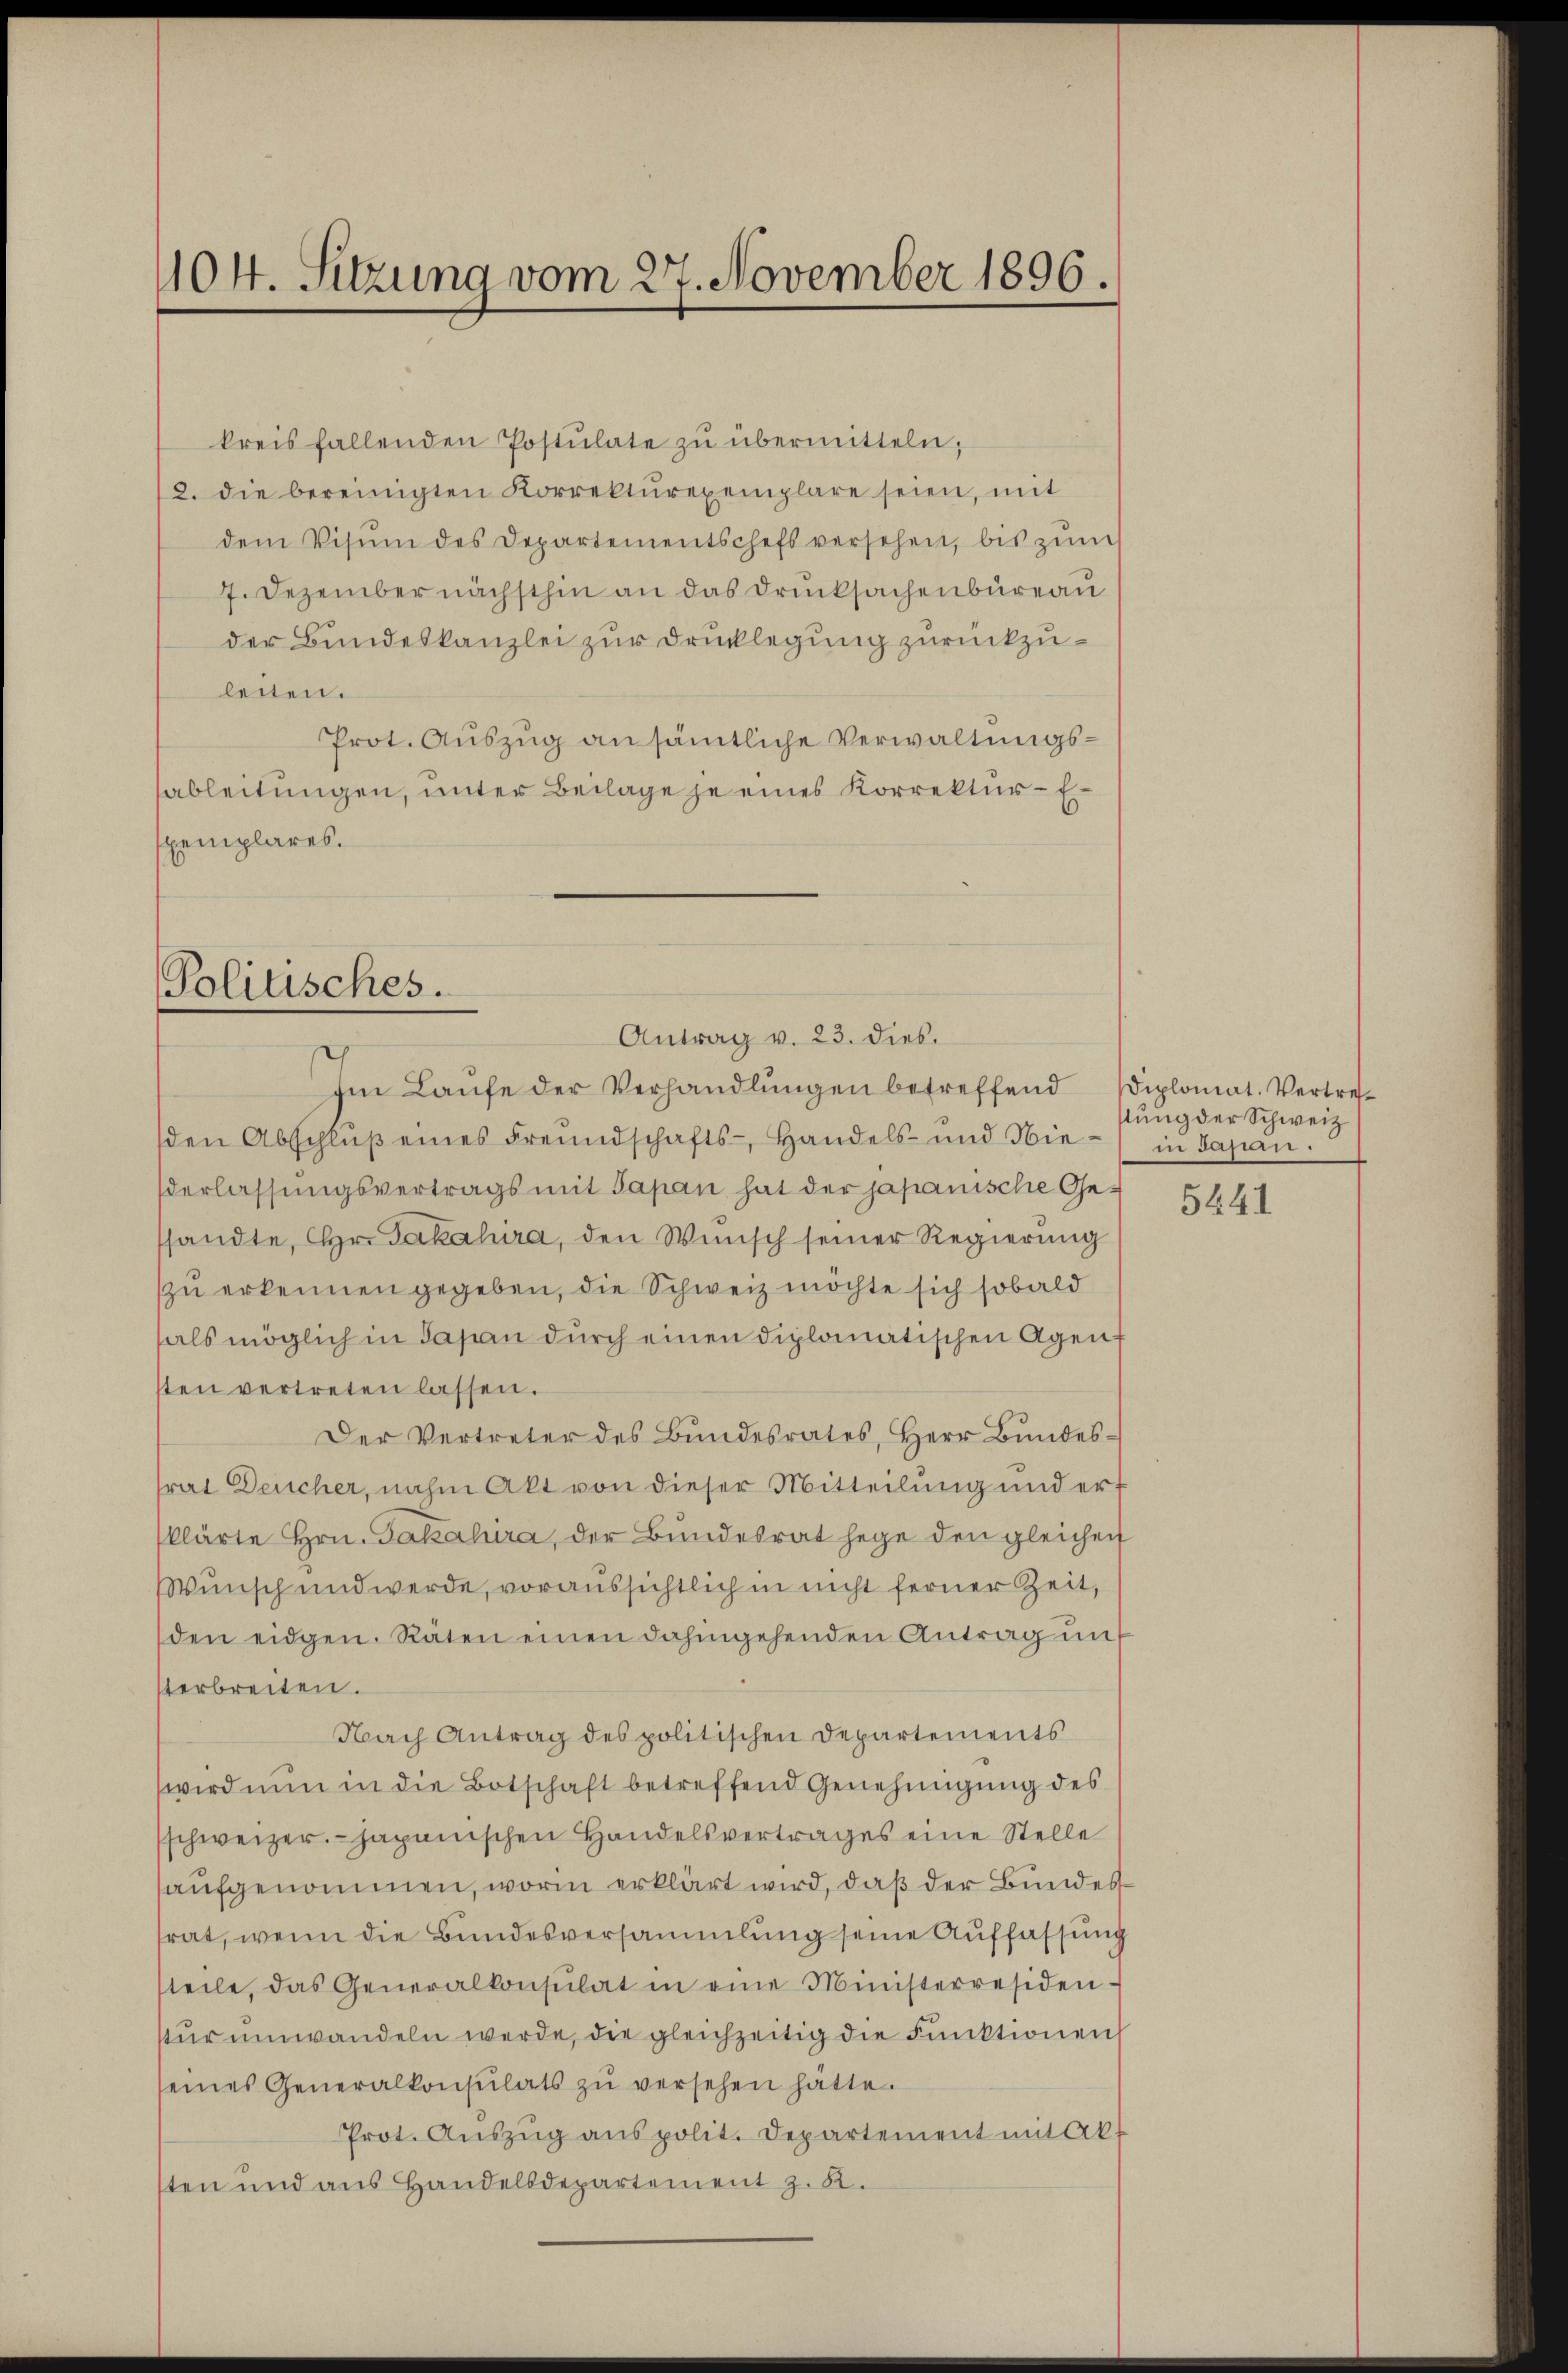
404. Sitzung vom 27. November 1896.

kreis fallenden Postulate zŭ übermitteln;
2. die bereinigten Korrektŭrexemplare seien, mit
dem Visum des Departementschefs versehen, bis zŭm
7. Dezember nächsthin an das Drucksachenbüreau
der Bundeskanzlei zur Drucklegung zurückzuleiten.
Prot. Auszug ansämtliche Verwaltungssableitungen, unter Beilage je eines Korrektur - E¬
Exemplares.

Politisches.
Antrag v. 23. dies.

Im Laufe der Verhandlungen betreffend
den Abschlŭβ eines Freundschafts- Handels- und Nie
derlassungsvertrags mit Papan hat der japanische Gessandte, Hr. Pakalira, den Wünsch seiner Regierung
zu erkennen gegeben, die Schweiz möchte sich sobald
als möglich in Japan durch einen diplomatischen Agensten vertreten lassen.
Der Vertreter des Bundesrates, Herr Bŭndes-
trat Deucher, nahm Akt von dieser Mitteilung und ert
klärte Hrn. Jakatura, der Bundesrat hege den gleichen
Wunsch und werde, voraussichtlich in nicht ferner Zeit,
den eidgen. Räten einen dahingehenden Antrag un
terbreiten.
Nach Antrag des politischen Departements
wird nun in die Botschaft betreffend Genehmigung des
schweizer. - Japanischen Handelsvertrages eine Stelle
aufgenommen, worin erklärt wird, daß der Bundessrat, wenn die Bundesversammlung seine Auffassung
teile, das Generalkonsulat in eine Ministerresiden-
stŭrumwandeln werde, die gleichzeitig die Funktionen
eines Generalkonsulats zŭ versehen hätte.
Prot. Aŭszŭg anspolit. Departement mit Akt
sten und aus Handelsdepartement z. B.

Diplomat. Vertrefstung der Schweiz
in Jasen.

5441